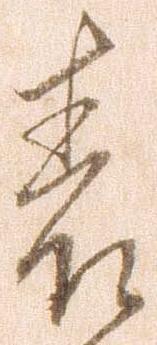
表